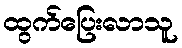
ထွက်ပြေးလာသူ